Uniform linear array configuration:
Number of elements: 12
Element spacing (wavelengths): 1
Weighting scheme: cosine
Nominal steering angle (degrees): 0
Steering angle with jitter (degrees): -1.225
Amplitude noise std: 0.05
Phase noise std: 0.05

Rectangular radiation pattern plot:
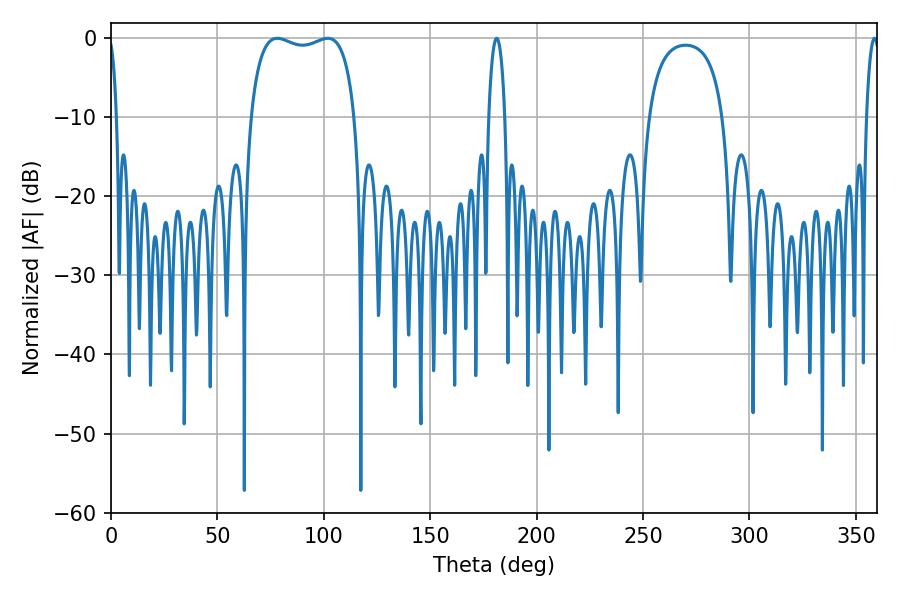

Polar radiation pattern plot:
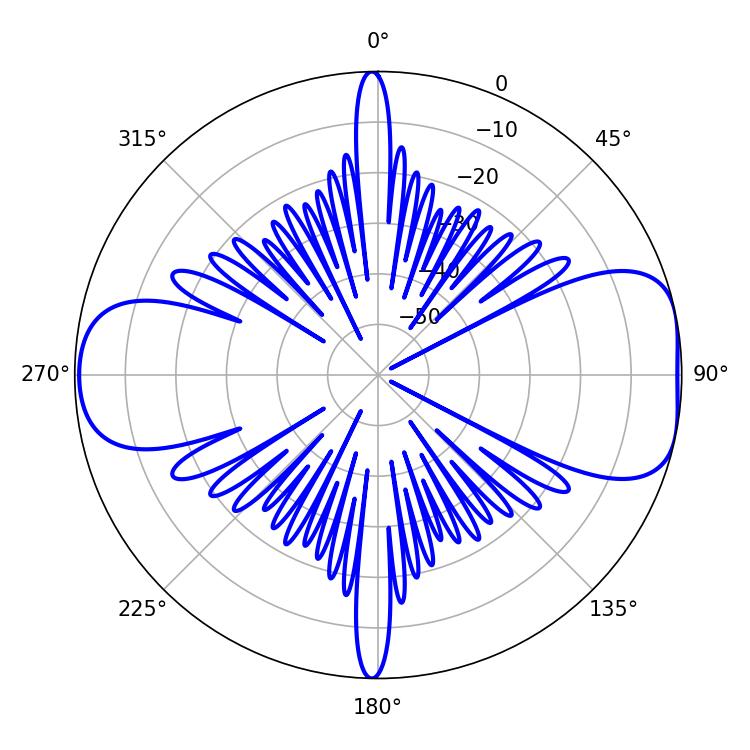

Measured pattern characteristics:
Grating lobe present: TRUE
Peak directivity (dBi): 8.237
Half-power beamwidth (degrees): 39.96
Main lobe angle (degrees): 78.12